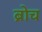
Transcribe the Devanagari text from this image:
ब्रोच